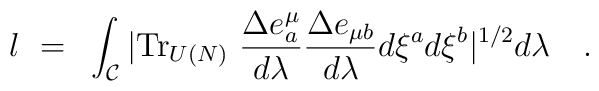
l ~=~ \int_{\cal C} | {\rm Tr}_{U(N)} ~    {{ \Delta e^{\mu}_{ a}}\over{d \lambda}}{{ \Delta e_{\mu b} }\over{d \lambda}}   d\xi^{a} d \xi^{b} |^{1/2} d \lambda \quad .